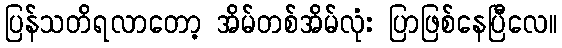
ပြန်သတိရလာတော့ အိမ်တစ်အိမ်လုံး ပြာဖြစ်နေပြီလေ။